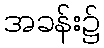
အခန်း၌